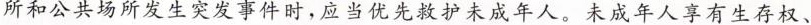
所和公共场所发生突发事件时，应当优先救护未成年人。未成年人享有生存权、